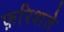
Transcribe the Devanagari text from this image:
फ़रिशते